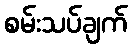
စမ်းသပ်ချက်